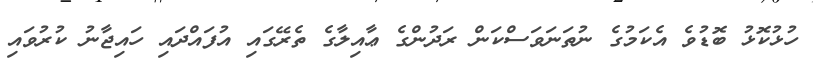
ހުޅުކޮޅު ބޮޑުވެ އެކަމުގެ ނުތަނަވަސްކަން ރަދުންގެ ޢާއިލާގެ ތެރޭގައި އުފައްދައި ހައިޖާނު ކުރުވައި